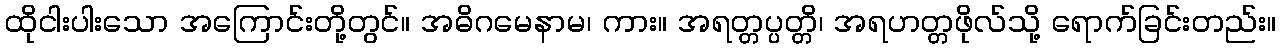
ထိုငါးပါးသော အကြောင်းတို့တွင်။ အဓိဂမေနာမ၊ ကား။ အရတ္တပ္ပတ္တိ၊ အရဟတ္တဖိုလ်သို့ ရောက်ခြင်းတည်း။